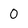
Character: 0